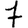
Digit: 7